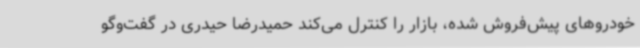
خودروهای پیش‌فروش ‌شده، بازار را کنترل می‌کند حمیدرضا حیدری در گفت‌وگو